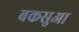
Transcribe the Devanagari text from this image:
बकसुआ